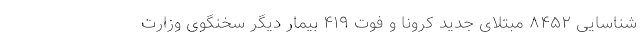
شناسایی ۸۴۵۲ مبتلای جدید کرونا و فوت ۴۱۹ بیمار دیگر سخنگوی وزارت